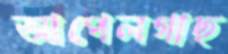
আপেলগাছ